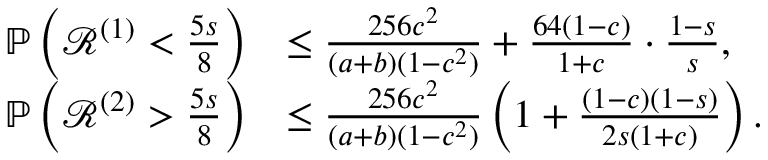
\begin{array} { r l } { \mathbb { P } \left( { \mathcal { R } } ^ { ( 1 ) } < \frac { 5 s } { 8 } \right) } & { \leq \frac { 2 5 6 c ^ { 2 } } { ( a + b ) ( 1 - c ^ { 2 } ) } + \frac { 6 4 ( 1 - c ) } { 1 + c } \cdot \frac { 1 - s } { s } , } \\ { \mathbb { P } \left( { \mathcal { R } } ^ { ( 2 ) } > \frac { 5 s } { 8 } \right) } & { \leq \frac { 2 5 6 c ^ { 2 } } { ( a + b ) ( 1 - c ^ { 2 } ) } \left( 1 + \frac { ( 1 - c ) ( 1 - s ) } { 2 s ( 1 + c ) } \right) . } \end{array}